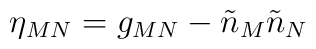
\eta_{MN} = g_{MN} - \tilde n_M \tilde n_N